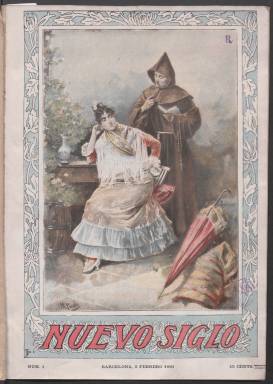
Título: Nuevo siglo (Barcelona)
Otros títulos: Título: Nuevo siglo, aventuras de mar y tierra, 17 ag. 1901-<27 dic. 1902> || Aventuras de mar y tierra
Ámbito geográfico: Barcelona
Lugar de publicación: Barcelona
Fechas: 02/02/1901-27/12/1902